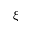
\xi